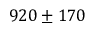
9 2 0 \pm 1 7 0